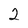
Character: 2